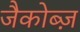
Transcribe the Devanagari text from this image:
जैकोब्ज़